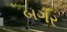
બગર